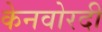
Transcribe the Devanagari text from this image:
केनवोरदी